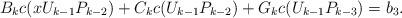
LaTeX: \begin{align*}B_kc(xU_{k-1}P_{k-2})+C_kc(U_{k-1}P_{k-2})+G_kc(U_{k-1}P_{k-3})=b_3.\end{align*}